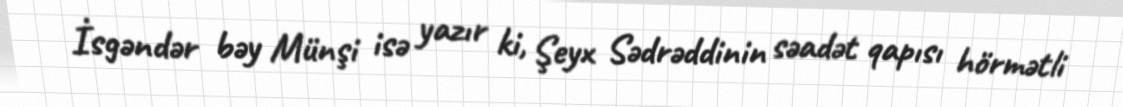
İsgəndər bəy Münşi isə yazır ki, Şeyx Sədrəddinin səadət qapısı hörmətli